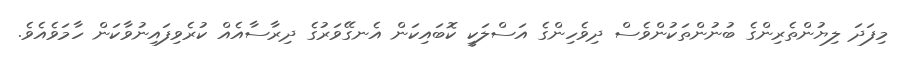
މިފަދަ ލިޔުންތެރިންގެ ބުނުންތަކުންވެސް ދިވެހިންގެ އަސްލަކީ ކޮބައިކަން އެނގޭވަރުގެ ދިރާސާއެއް ކުރެވިފައިނުވާކަން ހާމަވެއެވެ.